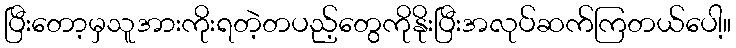
ပြီးတော့မှသူအားကိုးရတဲ့တပည့်တွေကိုနိုးပြီးအလုပ်ဆက်ကြတယ်ပေါ့။